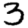
Digit: 3